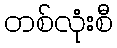
တစ်လုံးစီ